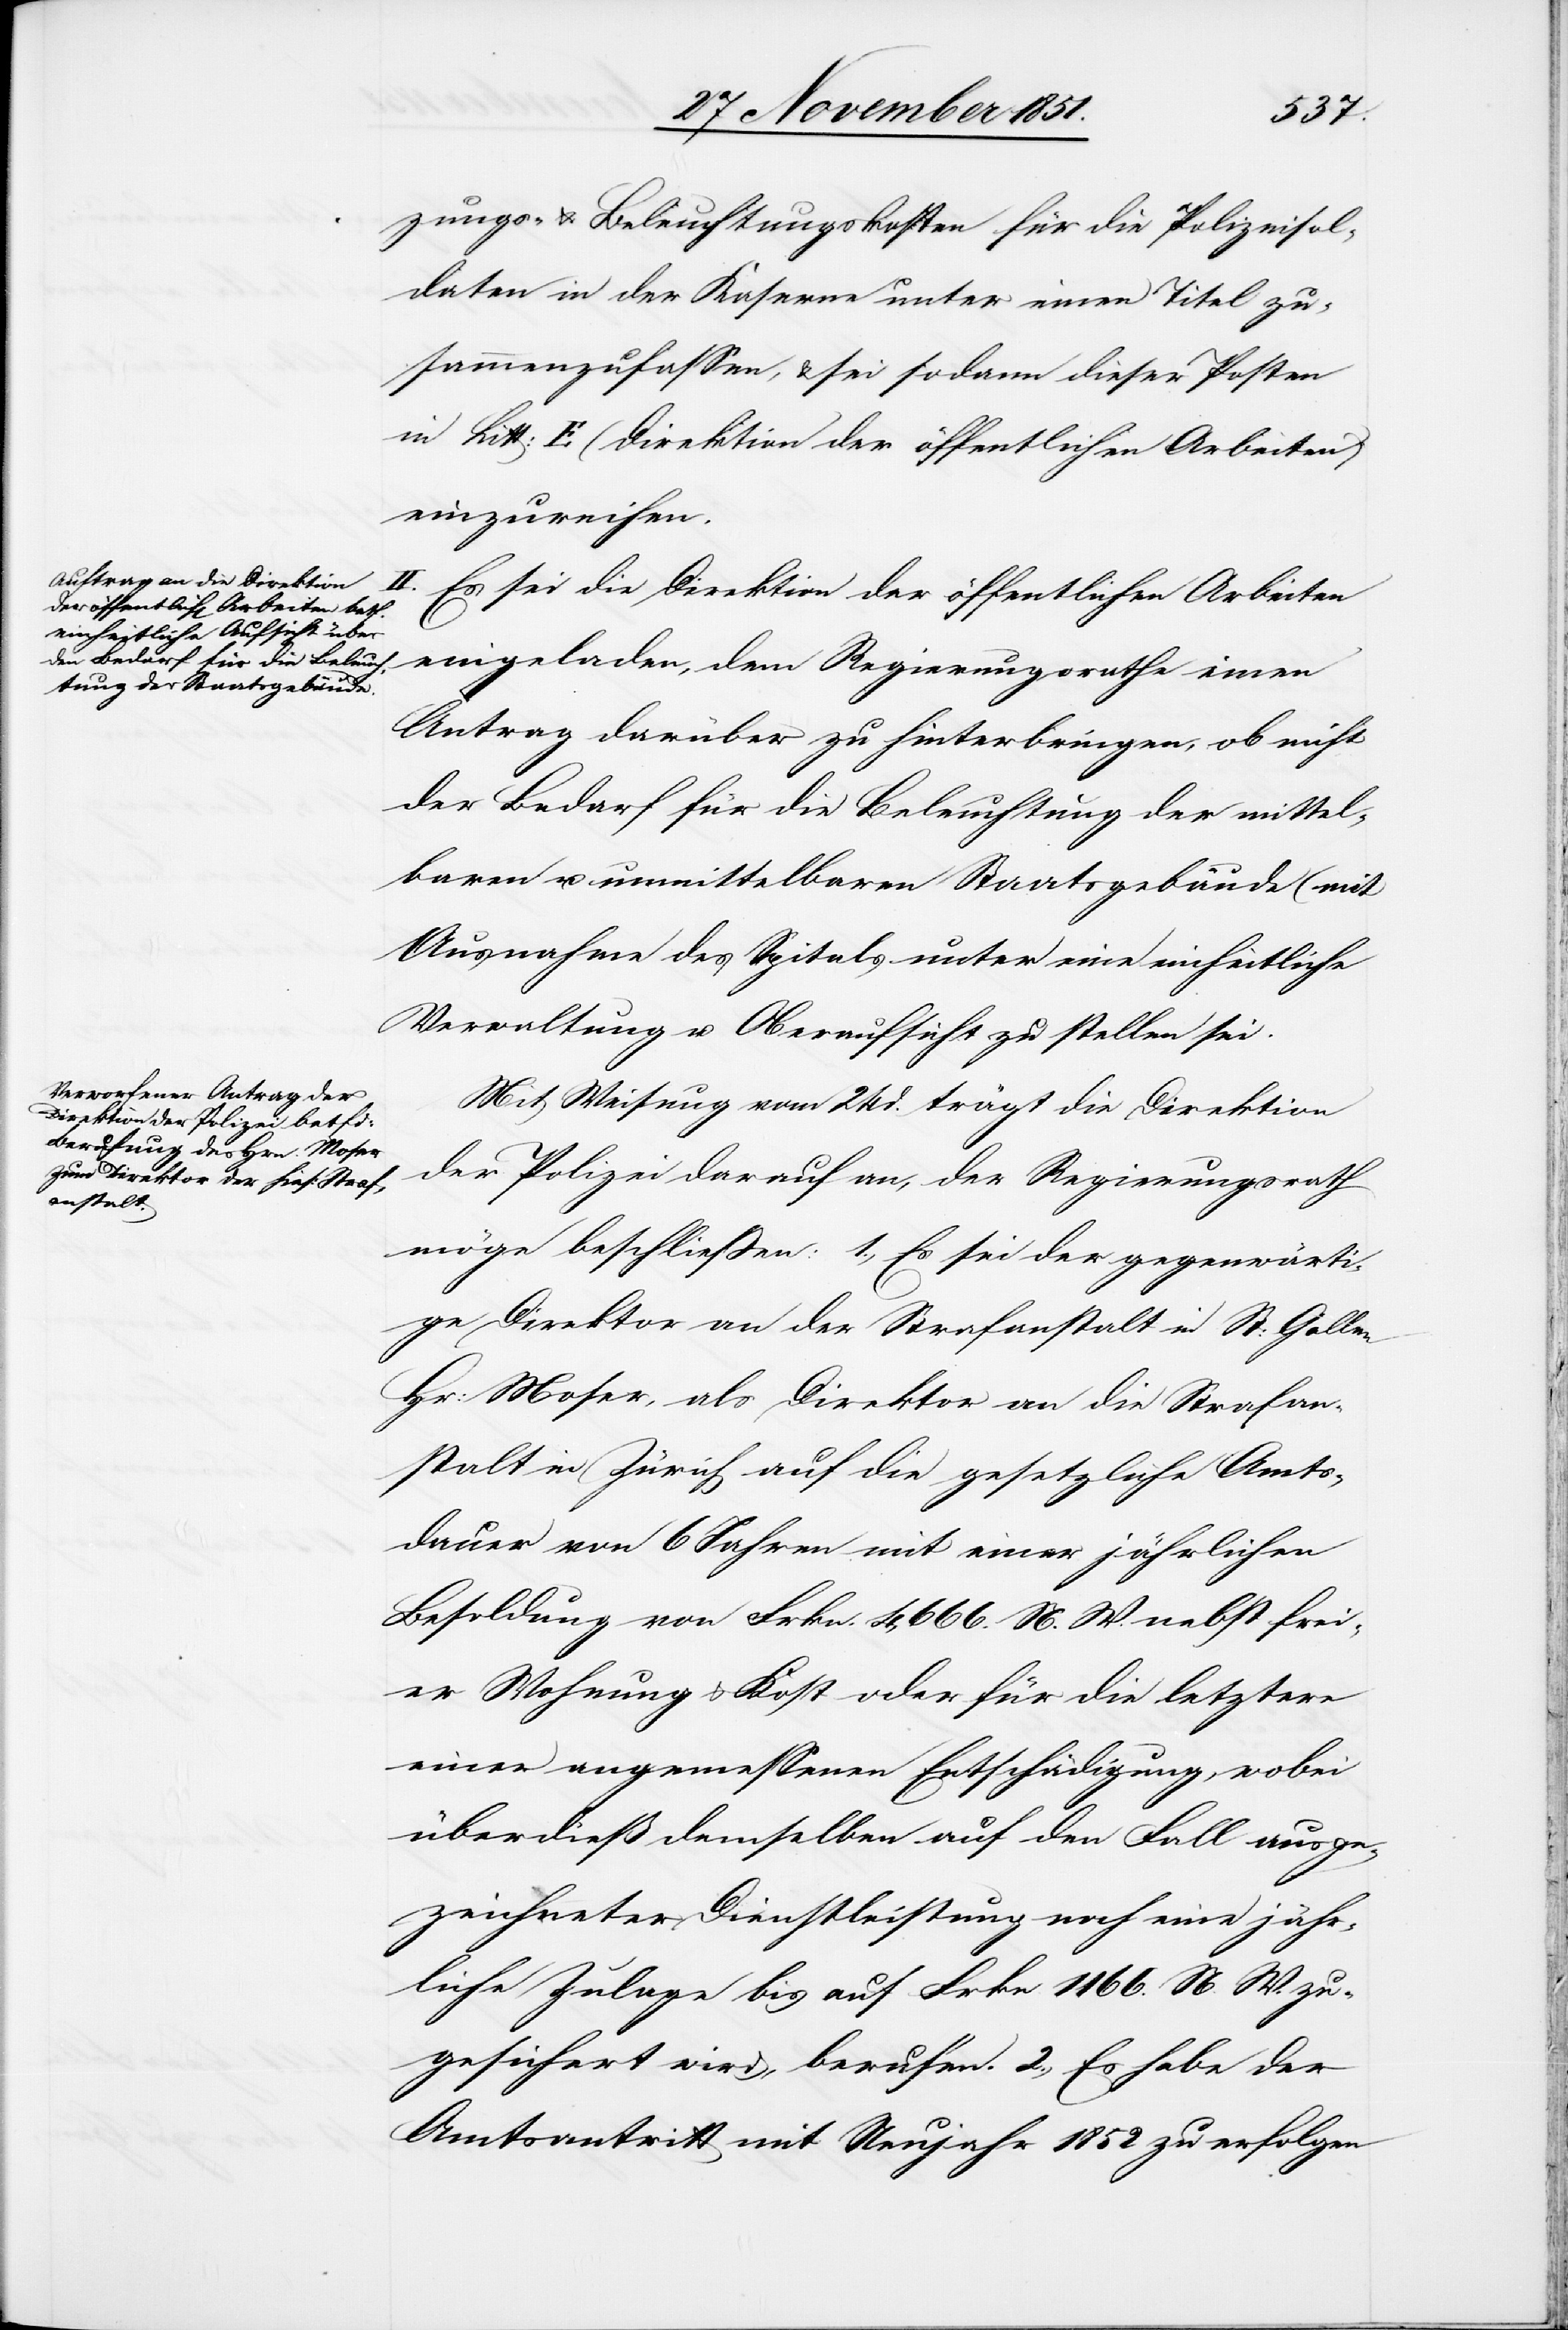
zungs- & Beleuchtungskosten für die Polizeisol¬
daten in der Kaserne unter einen Titel zu¬
sammenzufassen, & sei sodann dieser Posten
in Litt: E (Direktion der öffentlichen Arbeiten)
einzureihen.
II. Es sei die Direktion der öffentlichen Arbeiten
eingeladen, dem Regierungsrathe einen
Antrag darüber zu hinterbringen, ob nicht
der Bedarf für die Beleuchtung der mittel¬
baren u. unmittelbaren Staatsgebäude (mit
Ausnahme des Spitals[)] unter eine einheitliche
Verwaltung u. Oberaufsicht zu stellen sei.
Mit Weisung vom 24 d. trägt die Direktion
der Polizei darauf an, der Regierungsrath
möge beschließen: 1., Es sei der gegenwärti¬
ge Direktor an der Strafanstalt in St: Gallen
Hr: Moser, als Direktor an die Strafan¬
stalt in Zürich auf die gesetzliche Amts¬
dauer von 6 Jahren mit einer jährlichen
Besoldung von Frkn. 4,666. N. W. nebst frei¬
er Wohnung & Kost oder für die letztere
einer angemessenen Entschädigung, wobei
überdieß demselben auf den Fall ausge¬
zeichneter Dienstleistung noch eine jähr¬
liche Zulage bis auf Frkn 1166. N. W. zu¬
gesichert wird, berufen. 2., Es habe der
Amtsantritt mit Neujahr 1852 zu erfolgen